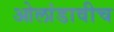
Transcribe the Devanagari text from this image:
ओलांडावीच